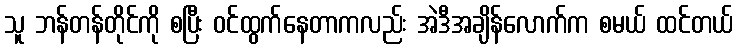
သူ ဘန်တန်တိုင်ကို စပြီး ဝင်ထွက်နေတာကလည်း အဲဒီအချိန်လောက်က စမယ် ထင်တယ်